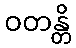
ဝတန္တိ